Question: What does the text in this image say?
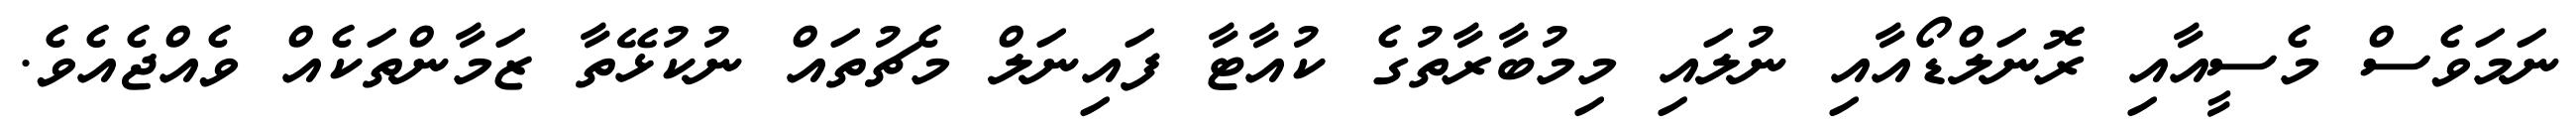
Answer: ނަމަވެސް މެސީއާއި ރޮނަލްޑޯއާއި ނުލައި މިމުބާރާތުގެ ކުއާޓާ ފައިނަލް މެޗުތައް ނުކުޅޭތާ ޒަމާންތަކެއް ވެއްޖެއެވެ.